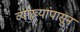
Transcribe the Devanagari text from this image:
व्याख्यांपासून